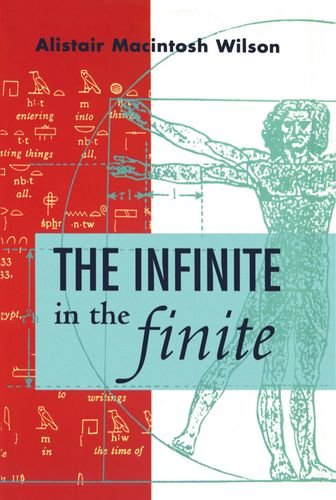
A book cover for The Infinite in the Finite; Alistair Macintosh Wilson; Science & Math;